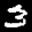
Label: 3